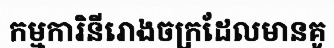
កម្មការិនីរោងចក្រដែលមានគូ